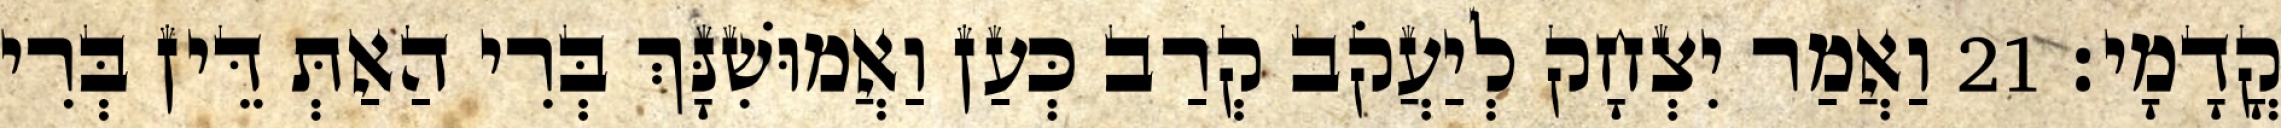
קֳדָמָי׃ 21 וַאֲמַר יִצְחָק לְיַעֲקֹב קְרַב כְּעַן וַאֲמוּשִׁנָּךְ בְּרִי הַאַתְּ דֵּין בְּרִי